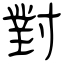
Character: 對